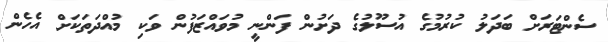
ސެންޓަރަށް ބަދަލު ކުރުމުގެ އުސޫލުގެ ދަށުން ފަންނީ މުވައްޒަފުން ވަކި މުއްދަތަކަށް އެހެން